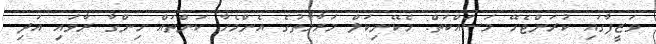
ވަޒީފާގައި ކުރަންޖެހޭ މަސައްކަތް: މެކޭނިކަލް މަރާމާތުގެ އެންމެހާ ކަންތައް ހިންގާ ރާވައި އަދި